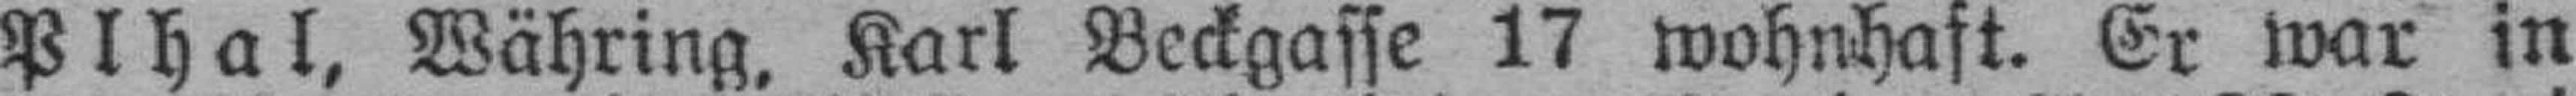
Plhal, Währing. Karl Beckgasse 17 wohnhaft. Er war in